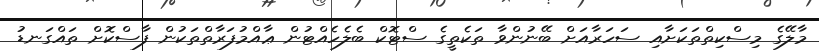
މާލޭގެ މިސްކިތްތަކަށާއި ސަހަރާއަށް ބޭނުންވާ ތަކެތީގެ ސްޓޮކް ބެލެހެއްޓުން ޢާއްމުފަރާތްތަކުން ފާސްކޮށް ތައްގަނޑު